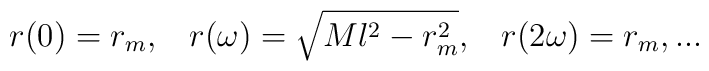
r(0)=r_m,\;\;\;r(\omega)=\sqrt{Ml^2-r_m^2},\;\;\;r(2\omega)=r_m,...